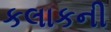
કલાકની